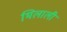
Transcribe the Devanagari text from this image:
भिलाली